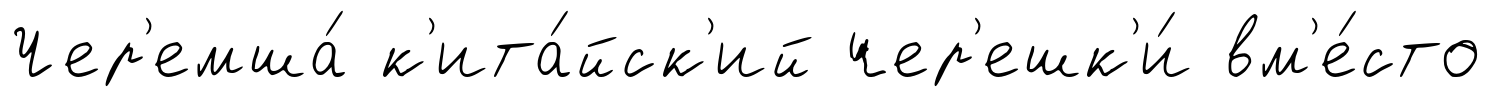
Чер'емша́ к'ита́йск'ий чер'ешк'и́ вм'е́сто